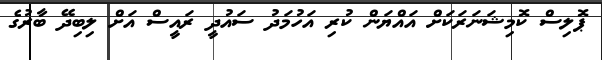
ޕޮލިސް ކޮމިޝަނަރަކަށް އައްޔަން ކުރި އަހުމަދު ސައުދީ ރައީސް އަށް ލިބިދޭ ބާރުގެ